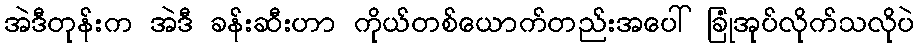
အဲဒီတုန်းက အဲဒီ ခန်းဆီးဟာ ကိုယ်တစ်ယောက်တည်းအပေါ် ခြုံအုပ်လိုက်သလိုပဲ